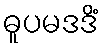
ဓူပမဒဒိံ